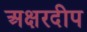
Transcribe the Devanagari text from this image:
अक्षरदीप